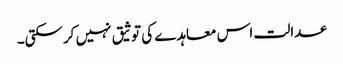
عدالت اس معاہدے کی توثیق نہیں کرسکتی۔